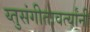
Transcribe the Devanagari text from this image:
य्तुसंगीतावर्त्यांनी